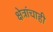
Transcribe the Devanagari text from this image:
क्षेत्रांचाही